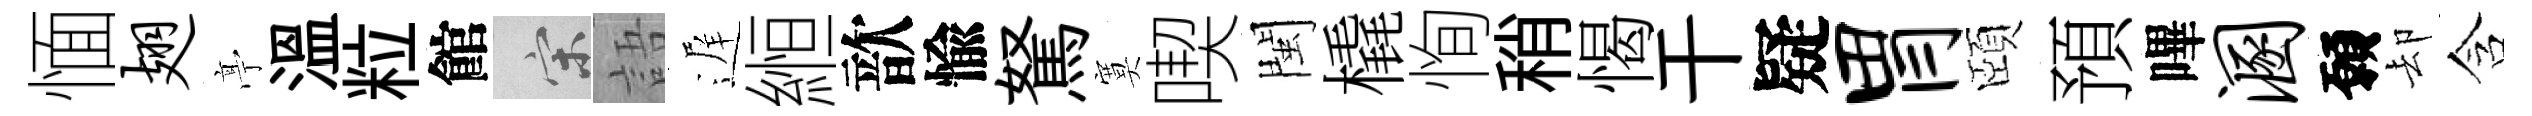
愐翅𠅘溫粒館宋語遅縆歆愉駑寞喫閩橇恂稍愒干疑胃頤預嗶溷願却含